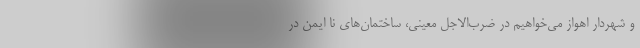
و شهردار اهواز می‌خواهیم در ضرب‌الاجل معینی، ساختمان‌های نا ایمن در